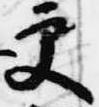
更